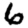
Digit: 6